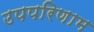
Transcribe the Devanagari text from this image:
उपपरिणाम